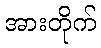
အားတိုက်